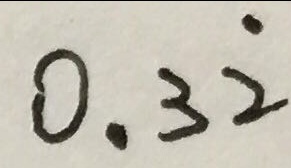
0 . 3 \dot { 2 }